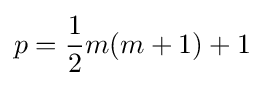
p={\frac {1}{2}}m(m+1)+1